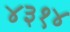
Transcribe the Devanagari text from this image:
४३१४